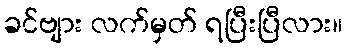
ခင်ဗျား လက်မှတ် ရပြီးပြီလား။